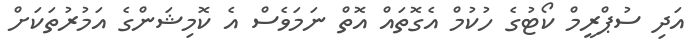
އަދި ސުޕްރީމް ކޯޓުގެ ހުކުމް އެގޮތައް އޮތް ނަމަވެސް އެ ކޮމިޝަންގެ އަމުރުތަކަށް